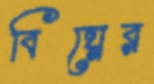
বিঘ্নের